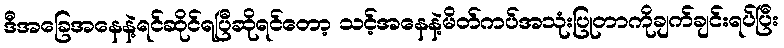
ဒီအခြေအနေနဲ့ရင်ဆိုင်ရပြီဆိုရင်တော့ သင့်အနေနဲ့မိတ်ကပ်အသုံးပြုတာကိုချက်ချင်းရပ်ပြီး